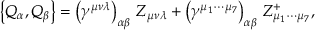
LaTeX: \left\{ Q _ { \alpha } , Q _ { \beta } \right\} = \left( \gamma ^ { \mu \nu \lambda } \right) _ { \alpha \beta } \, Z _ { \mu \nu \lambda } + \left( \gamma ^ { \mu _ { 1 } \cdots \mu _ { 7 } } \right) _ { \alpha \beta } \, Z _ { \mu _ { 1 } \cdots \mu _ { 7 } } ^ { + } ,